Indian journal of veterinary science and animal husbandry - Volume 9,
Year: 1939
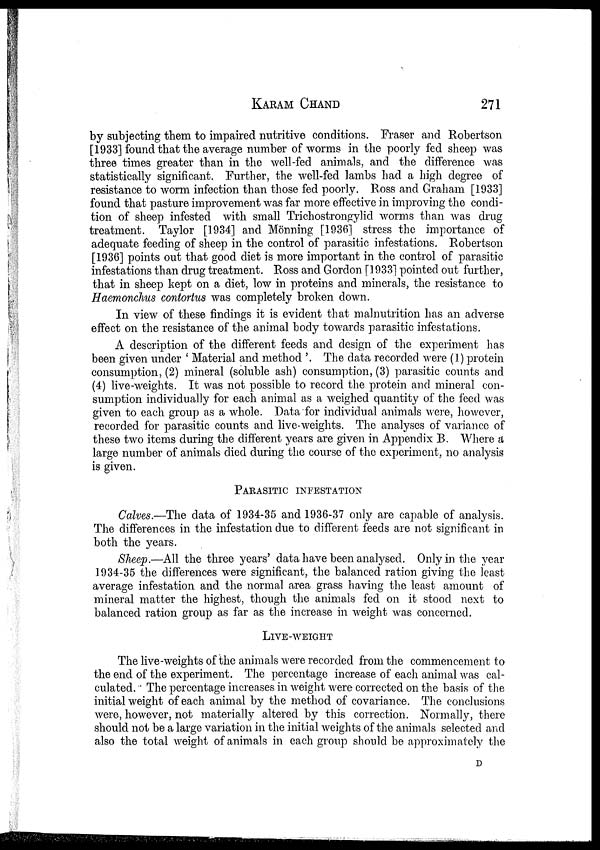
KARAM CHAND 271
by subjecting them to impaired nutritive conditions. Fraser and Robertson
[1933] found that the average number of worms in the poorly fed sheep was
three times greater than in the well-fed animals, and the difference was
statistically significant. Further, the well-fed lambs had a high degree of
resistance to worm infection than those fed poorly. Ross and Graham [1933]
found that pasture improvement was far more effective in improving the condi-
tion of sheep infested with small Trichostrongylid worms than was drug
treatment. Taylor [1934] and Mönning [1936] stress the importance of
adequate feeding of sheep in the control of parasitic infestations. Robertson
[1936] points out that good diet is more important in the control of parasitic
infestations than drug treatment. Ross and Gordon [1933] pointed out further,
that in sheep kept on a diet, low in proteins and minerals, the resistance to
Haemonchus contortus was completely broken down.
In view of these findings it is evident that malnutrition has an adverse
effect on the resistance of the animal body towards parasitic infestations.
A description of the different feeds and design of the experiment has
been given under ' Material and method '. The data recorded were (1) protein
consumption, (2) mineral (soluble ash) consumption, (3) parasitic counts and
(4) live-weights. It was not possible to record the protein and mineral con-
sumption individually for each animal as a weighed quantity of the feed was
given to each group as a whole. Data for individual animals were, however,
recorded for parasitic counts and live-weights. The analyses of variance of
these two items during the different years are given in Appendix B. Where a
large number of animals died during the course of the experiment, no analysis
is given.
PARASITIC INFESTATION
Calves.—The data of 1934-35 and 1936-37 only are capable of analysis.
The differences in the infestation due to different feeds are not significant in
both the years.
Sheep.—All the three years' data have been analysed. Only in the year
1934-35 the differences were significant, the balanced ration giving the least
average infestation and the normal area grass having the least amount of
mineral matter the highest, though the animals fed on it stood next to
balanced ration group as far as the increase in weight was concerned.
LIVE-WEIGHT
The live-weights of the animals were recorded from the commencement to
the end of the experiment. The percentage increase of each animal was cal-
culated. The percentage increases in weight were corrected on the basis of the
initial weight of each animal by the method of covariance. The conclusions
were, however, not materially altered by this correction. Normally, there
should not be a large variation in the initial weights of the animals selected and
also the total weight of animals in each group should be approximately the
D